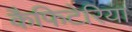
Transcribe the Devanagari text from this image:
कैफिटेरिया